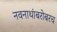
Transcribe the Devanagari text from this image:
नवनाथांबरोबरच